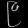
Digit: ၉